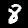
Digit: 8